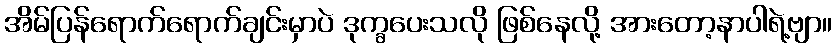
အိမ်ပြန်ရောက်ရောက်ချင်းမှာပဲ ဒုက္ခပေးသလို ဖြစ်နေလို့ အားတော့နာပါရဲ့ဗျာ။